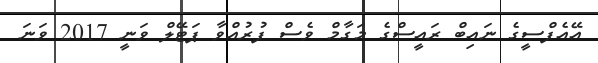
އޭއެފްސީގެ ނައިބް ރައީސްގެ މަގާމް ވެސް ފުރުއްވާ ޕަޓޭލް ވަނީ 2017 ވަނަ